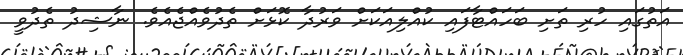
އަތުގައި ހުރި ތަށި ބަހައްޓާފައި ކުއްލިއަކަށް ވަރުދާ ކޮޅަށް ތެދުވެއްޖެއެވެ. ނާޝިދު ތެދުވީ